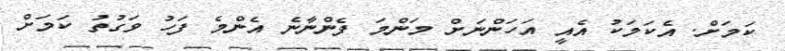
ކަމަށް. އެކަމަކު އެއީ އަހަންނަށް މަންމަ ފެންނާނެ އެންމެ ފަހު ވަގުތު ކަމަށް